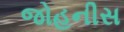
જોહનીસ